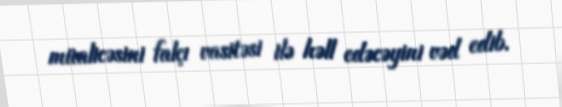
müalicəsini falçı vasitəsi ilə həll edəcəyini vəd edib.